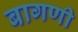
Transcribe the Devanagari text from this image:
बागणी